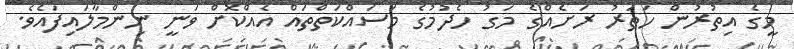
މީގެ އިތުރުން ހަތަރު ރަށެއްގެ މަގު ހެދުމުގެ މަސައްކަތްތައް އެއްކޮށް ވަނީ ނިންމާލައިފައެވެ.